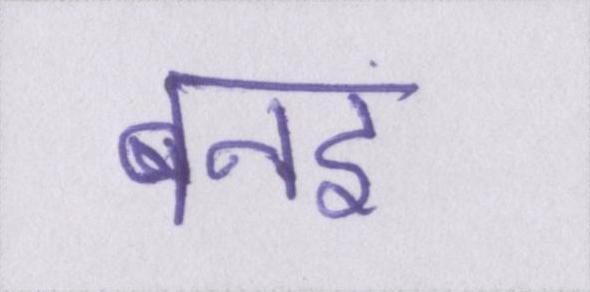
बनइ